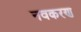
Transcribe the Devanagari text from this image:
नवकरण